Medical and sanitary report of the native army of Bengal for the year
Year: 1876
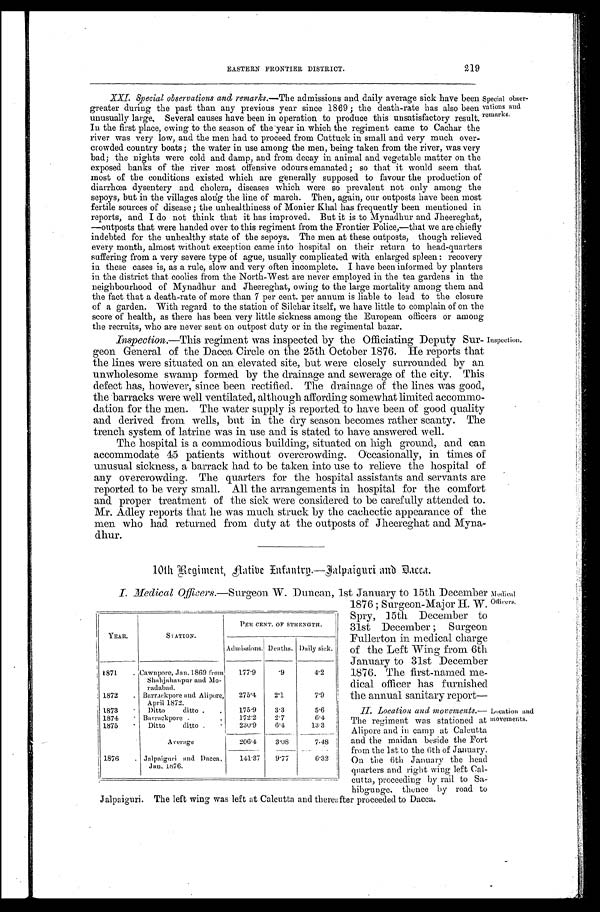
219
EASTERN FRONTIER DISTRICT.
XXI. Special, observations and remarks.—The admissions and daily average sick have been
greater during the past than any previous year since 1869 ; the death-rate has also been
unusually large, Several causes have been in operation to produce this unsatisfactory result.
In the first place, owing to the season of the year in which the regiment came to Cachar the
river was very low, and the men had to proceed from Cuttuck in small and very much over-
crowded country boats; the water in use among the men, being taken from the river, was very
bad; the nights were cold and damp, and from decay in animal and vegetable matter on the
exposed banks of the river most offensive odours emanated; so that it would seem that
most of the conditions existed which are generally supposed to favour the production of
diarrhoea dysentery and cholera, diseases which were so prevalent not only among the
sepoys, but in the villages along the line of march. Then, again, our outposts have been most
fertile sources of disease ; the unhealthiness of Monier Khal has frequently been mentioned in
reports, and I do not think that it has improved. But it is to Mynadhur and Jheereghat,
—outposts that were handed over to this regiment from the Frontier Police,—that we are chiefly
indebted for the unhealthy state of the sepoys. The men at these outposts, though relieved
every month, almost without exception came into hospital on their return to head-quarters
suffering from a very severe type of ague, usually complicated with enlarged spleen : recovery
in these cases is, as a rule, slow and very often incomplete. I have been informed by planters
in the district that coolies from the North-West are never employed in the tea gardens in the
neighbourhood of Mynadhur and Jheereghat, owing to the large mortality among them and
the fact that a death-rate of more than 7 per cent. per annum is liable to lead to the closure
of a garden. With regard to the station of Silchar itself, we have little to complain of on the
score of health, as there has been very little sickness among the European officers or among
the recruits, who are never sent on outpost duty or in the regimental bazar.
Inspection.—This regiment was inspected by the Officiating Deputy Sur-
geon General of the Dacca Circle on the 25th October 1876. He reports that
the lines were situated on an elevated site, but were closely surrounded by an
unwholesome swamp formed by the drainage and sewerage of the city. This
defect has, however, since been rectified. The drainage of the lines was good,
the barracks were well ventilated, although affording somewhat limited accommo-
dation for the men. The water supply is reported to have been of good quality
and derived from wells, but in the dry season becomes rather scanty. The
trench system of latrine was in use and is stated to have answered well.
The hospital is a commodious building, situated on high ground, and can
accommodate 45 patients without overcrowding. Obcasionally, in times of
unusual sickness, a barrack had to be taken into use to relieve the hospital of
any overcrowding. The quarters for the hospital assistants and servants are
reported to be very small. All the arrangements in hospital for the comfort
and proper treatment of the sick were considered to be carefully attended to.
Mr. Adley reports that he was much struck by the cachectic appearance of the
men who had returned from duty at the outposts of Jheereghat and Myna-
dhur.
Special obser-
vations and
remarks.
Inspection.
10th Regiment, native Entantrp.—Halpaiguri and
Dacca.
I. Medical Officers.—Surgeon W. Duncan, 1st January to 15th December
1876 ; Surgeon-Major H.W.
Spry, 15th December to
31st December ; Surgeon
Fullerton in medical charge
of the Left Wing from 6th
January to 31st December
1876. The first-named me-
dical officer has furnished
the annual sanitary report-
II.Locationand vements.—
The regiment was stationed at
Alipore and in camp at Calcutta
and the maidan beside the Fort
froth the 1st to the 6th of January.
On the 6th January the head
quarters and right wing left Cal-
cutta, proceeding by rail to Sa
-
hibgunge. thence by road to
Jalpaiguri. The left wing was left at Calcutta and thereafter proceeded to Dacca .
Medical Officers.
YEAR.
STATION.
PER CENT. OF STRENGTH.
Admissions. Deaths. Daily sick.
1 8 7 1 .
Cawnpore, Jan. 1869 from
Shahjahanpur and Mo-
radabad.
1 7 7 . 9
. 9
4 . 2
1872.
Barrackpore and Alipore,
April 1872.
2 7 5 . 4
2 . 1
7 . 9
1873.
Ditto
ditto
1 7 5 . 9
3 . 3
5 . 6
1874.
Barrackpore
1 7 2 . 2
2 . 7
6 . 4
1875.
Ditto
ditto
2 3 0 . 9
6 . 4
1 3 . 3
Average
2 0 6 . 4
3 . 0 8
7 . 4 8
1876.
Jalpaiguri and Dacca,
Jan. 1876.
1 4 1 . 3 7
9 . 7 7
6 . 3 2
Location and
movements.